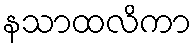
နသာထလိကာ